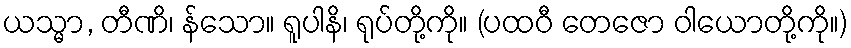
ယသ္မာ, တီဏိ၊ န်သော။ ရူပါနိ၊ ရုပ်တို့ကို။ (ပထဝီ တေဇော ဝါယောတို့ကို။)